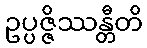
ဥပ္ပဇ္ဇိဿန္တီတိ